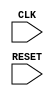
module COUNT1000__C_SEG(CLK, RESET);

input CLK, RESET;

reg [3:0] COUNT_1, COUNT_10, COUNT_100, COUNT_TMP;  
reg [3:0] CLK_COUNT; 
reg CLK1;

always @(negedge CLK or posedge RESET) 
	if(RESET) 
		CLK1<=0;
	else if (CLK_COUNT==9) 
		begin 
			CLK_COUNT<=0; 
			CLK1<=1;  
		end
		
	else 
		begin 
			CLK_COUNT <= CLK_COUNT+1; 
			CLK1<=0;  
		end
		
always @(negedge CLK1 or posedge RESET) 
	if(RESET) 
		COUNT_1<=0;
	else if (COUNT_1==9) 
		COUNT_1<=0;
	else COUNT_1 <= COUNT_1+1;

always @(negedge CLK1 or posedge RESET) 
	if(RESET) 
		COUNT_10<=0;
else if (COUNT_1 ==9) 
	begin
		if (COUNT_10==9) COUNT_10<=0;
		else COUNT_10 <= COUNT_10+1; 
	end
	
always @(negedge CLK1 or posedge RESET)
	begin
		if(RESET) COUNT_100<=0;
		else if((COUNT_1 ==9) && (COUNT_10==9)) 
			begin
				if (COUNT_100==9) COUNT_100<=0;
				else COUNT_100 <= COUNT_100+1; 
			end
	end
	

endmodule